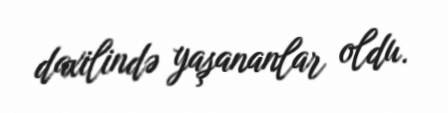
daxilində yaşananlar oldu.